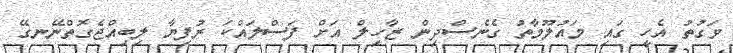
ވަގުތު އެހީ ގައި މައުލޫމާތު ގެނެސްދިން ޒާހިލް އަށް ފަސްލައްކަ ރުފިޔާ ލިބިއްޖެގޮތްނޭނގޭ